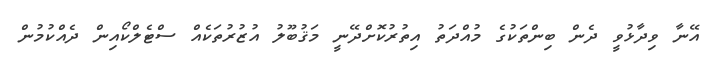
އޭނާ ވިދާޅުވީ ދެން ބިންތަކުގެ މުއްދަތު އިތުރުކޮށްދޭނީ މަޤުބޫލު އުޒުރުތަކެއް ސްޓެލްކޯއިން ދެއްކުމުން